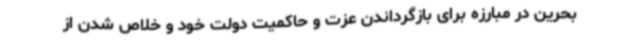
بحرین در مبارزه برای بازگرداندن عزت و حاکمیت دولت خود و خلاص شدن از